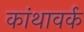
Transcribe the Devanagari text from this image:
कांथावर्क